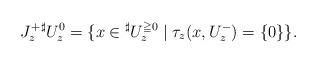
LaTeX: \begin{align*}J^{+}_{z}{}^\sharp U_z^0=\{x\in {}^\sharp U^{\geqq0}_{z}\mid\tau_{z}(x,U^{-}_{z})=\{0\}\}.\end{align*}